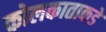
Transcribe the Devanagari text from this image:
कोलकाताकडे